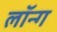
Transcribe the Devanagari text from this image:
लॉन्‍ग